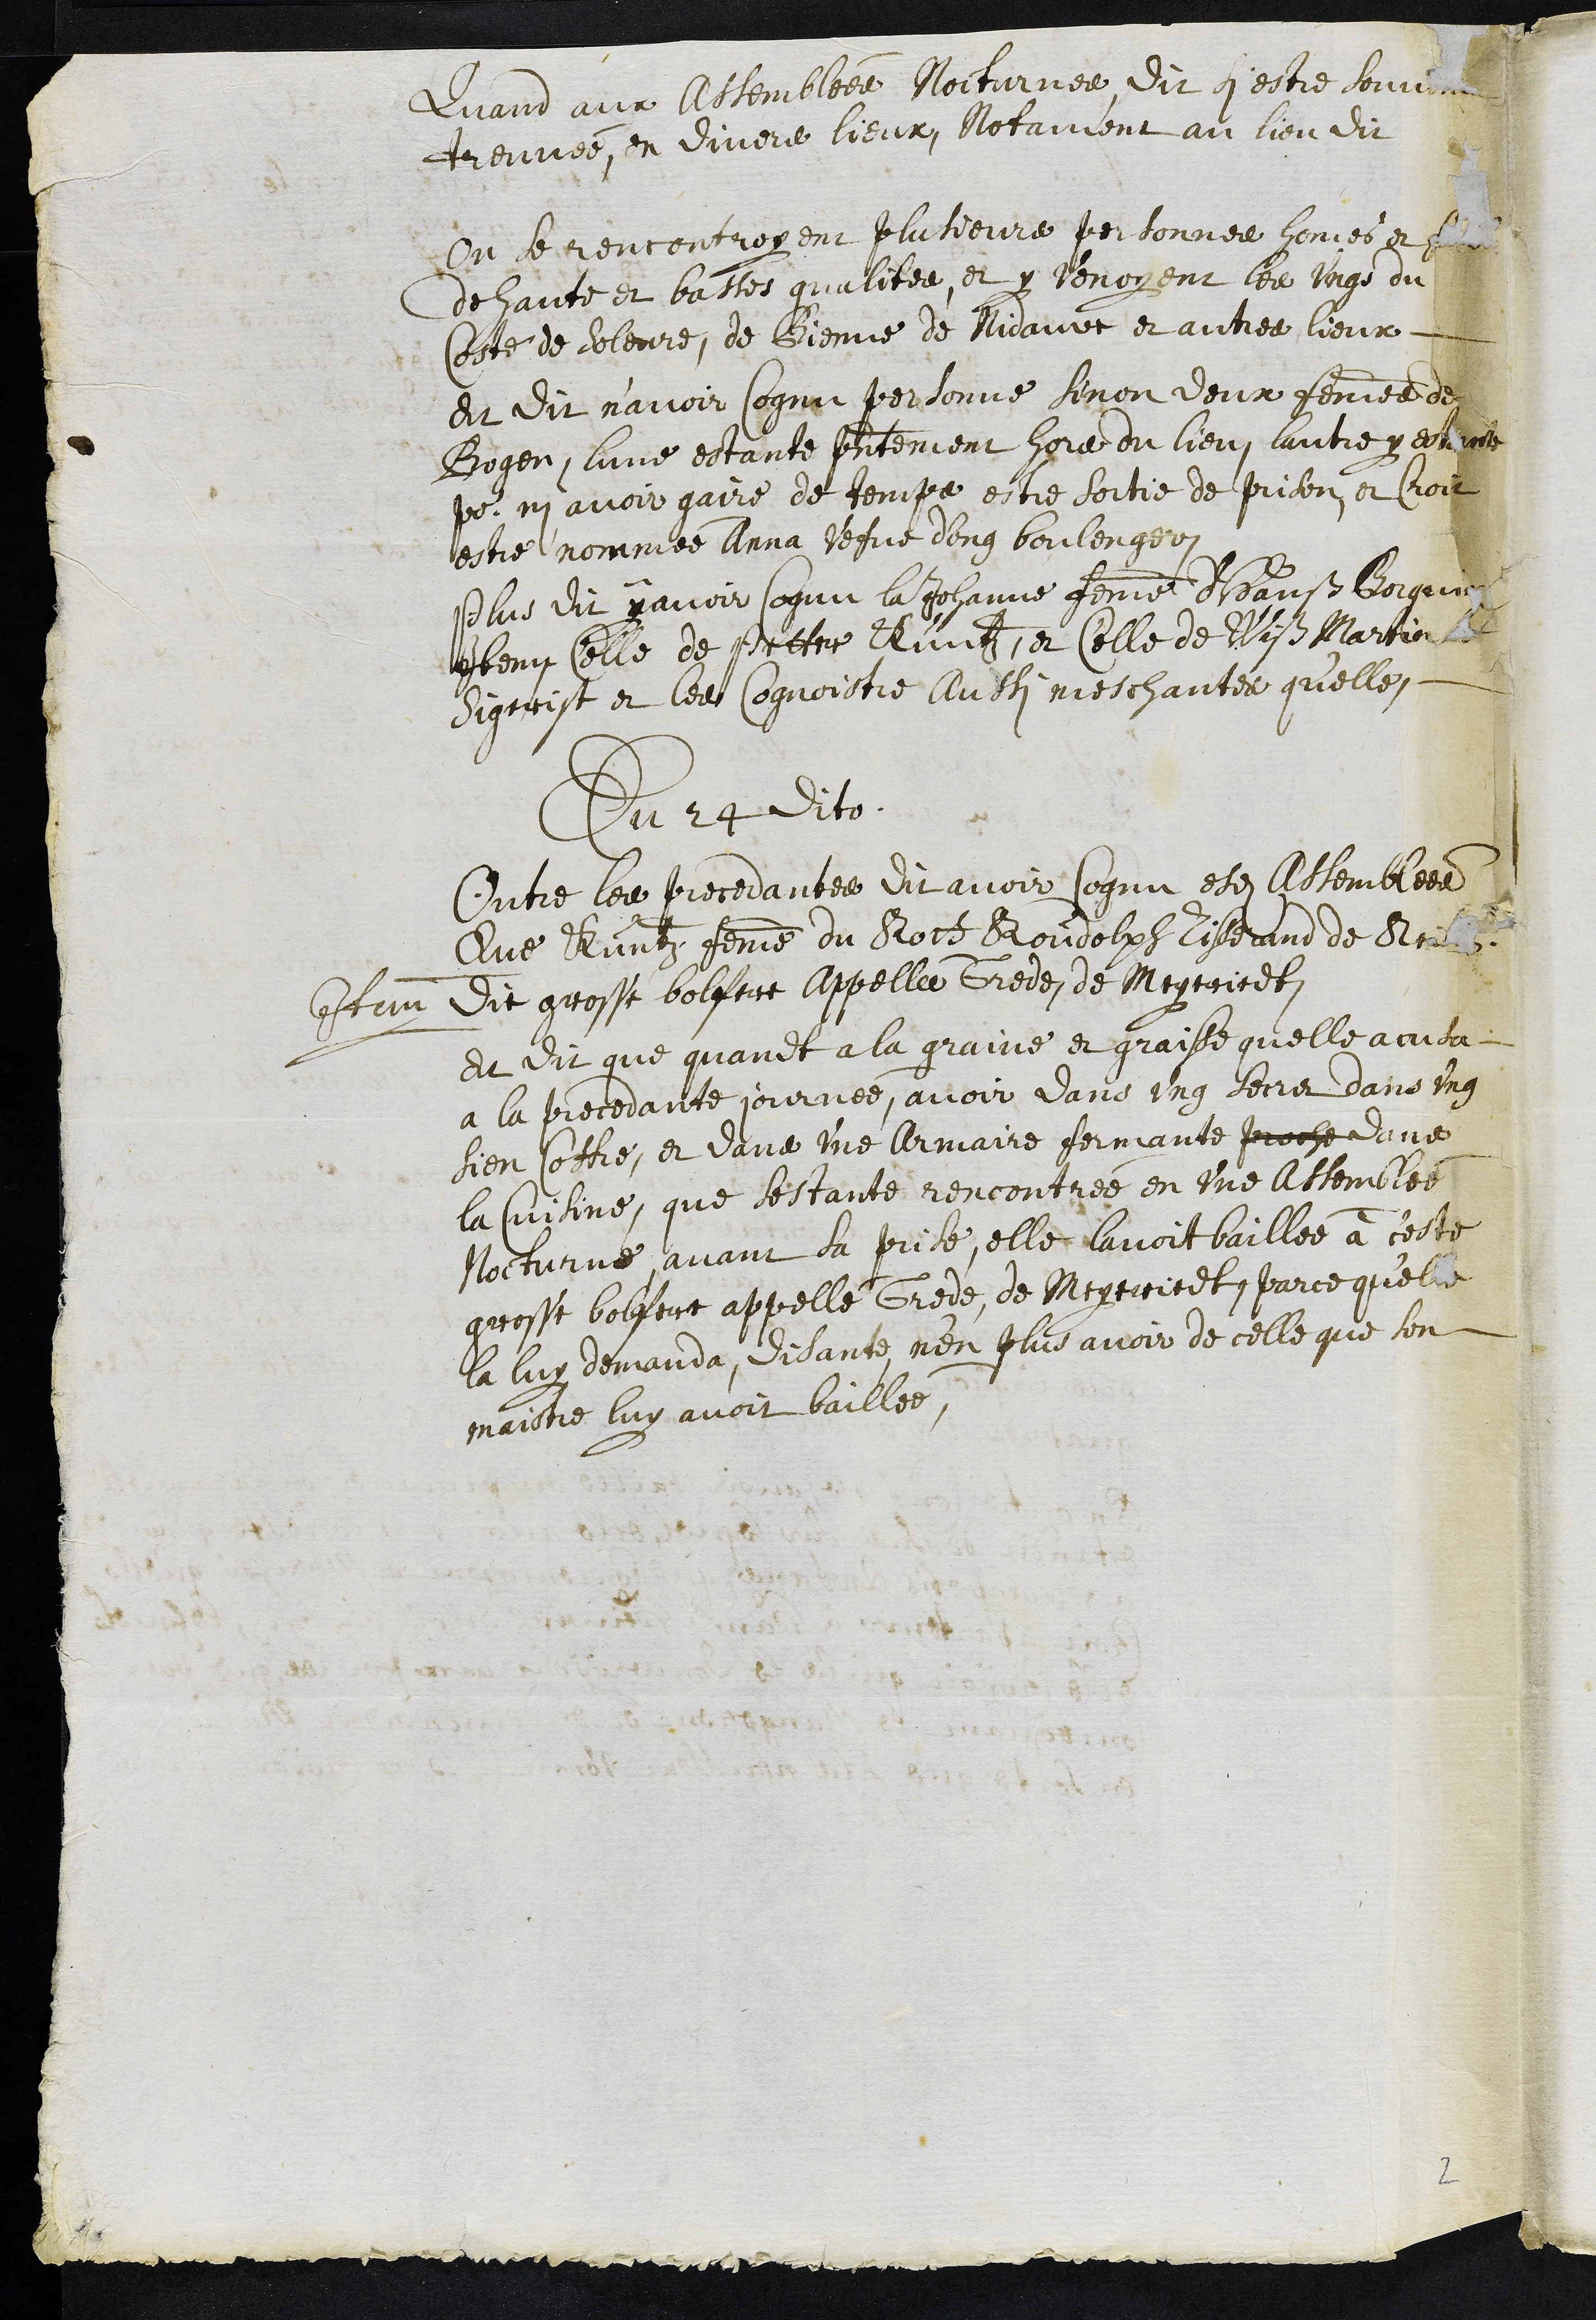
Quand aux Assemblée Nocturnes, dit si estre souvent
treuvée, en divers lieux, Notament au lieu dit
Ou se rencontroyent plusieurs personnes hommes et femmes
de haute et basses qualitée, et y venoyent les ungs du
coste de Soleure, de Bienne de Nidauw et autres lieux
et dit n'avoir cognu personne sinon deux femmes de
Bogen, lune estante presentement hors du lieu, lautre y estante
pour ni avoir gaire de temps estre sortie de prison, et Croit
estre nommée Anna vefve d'ung boulenger
Plus dit y avoir cognu la Johanne femme d'Hanß Borquin
Item Celle de Petter Kuntz, et Celle de Wiß Martin
Sigrist et les cognoistre aussi meschantes qu'elle,
Du 24 dito
Outre les precedantes dit avoir cognu esdites Assemblees
Que Kuntz femme du Rott Roudolph Tisserand de Reiben
Item dit grosse bolfere appellee Grede de Meyeriedt
Et dit que quandt a la graine et graisse quelle acusa
a la precedante journée, avoir dans ung secret dans ung
sien coffre, et dans une Armaire fermante proche dans
la Cuisine, que sestante rencontrée en une assemblée
Nocturne, avant sa prise, elle lavoit baillée à ceste
grosse bolfere appellé Grede, de Meyeriedt, parce qu'elle
la luy demanda, disante n'en plus avoir de celle que son
maistre luy avoit baillée,
2